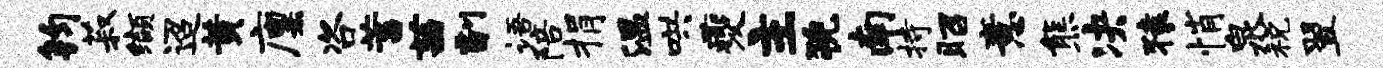
钧菽缬迢黄廪咨蓄茜副语陪捐温哄夔主猊南持昭意熊决猿悄泉税翌